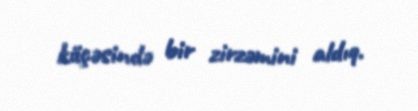
küçəsində bir zirzəmini aldıq.